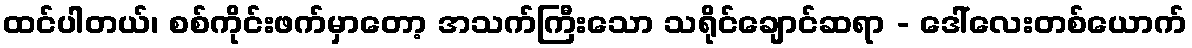
ထင်ပါတယ်၊ စစ်ကိုင်းဖက်မှာတော့ အသက်ကြီးသော သရိုင်ချောင်ဆရာ - ဒေါ်လေးတစ်ယောက်